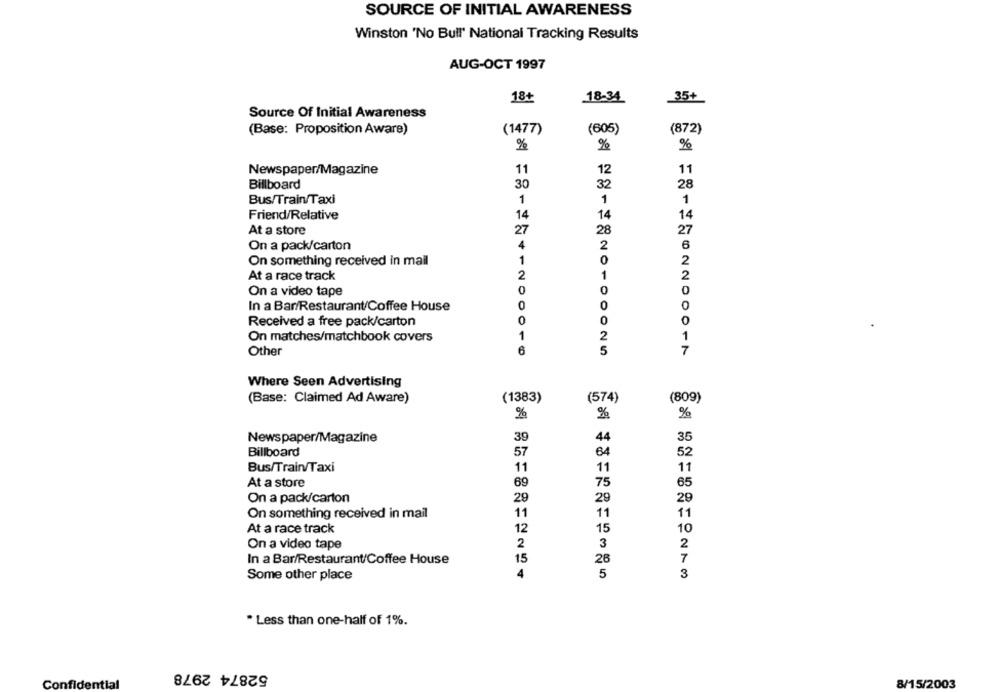
SOURCE OF INITIAL AWARENESS
Winston 'No Bull' National Tracking Results
AUG-OCT 1997
18+
18-34
35+
Source Of Initial Awareness
(Base: Proposition Aware)
(1477)
(605)
(872)
%
%
%
Newspaper/Magazine
11
12
11
Billboard
30
32
28
Bus/Train/Taxi
1
1
1
Friend/Relative
14
14
14
At a store
27
28
27
On a pack/carton
4
2
6
On something received in mail
1
0
2
At a race track
2
1
2
0
0
On a video tape
0
0
In a Bar/Restaurant/Coffee House
O
Received a free pack/carton
0
0
0
On matches/matchbook covers
1
2
1
Other
5
7
Where Seen Advertising
(Base: Claimed Ad Aware)
(1383)
(574)
(809)
%
Newspaper/Magazine
39
44
35
Billboard
57
64
52
Bus/Train/Taxi
11
11
11
At a store
69
75
65
On a pack/carton
29
29
29
On something received in mail
11
11
11
At a race track
12
15
10
On a video tape
2
3
2
In a Bar/Restaurant/Coffee House
26
5
Some other place
* Less than one-half of 1%.
52874 2978
Confidential
8/15/2003